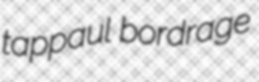
tappaul bordrage